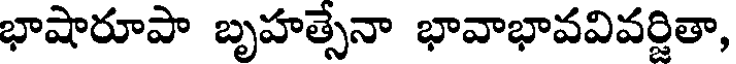
భాషారూపా బృహత్సేనా భావాభావవివర్జితా,